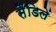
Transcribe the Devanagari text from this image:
सैंडिलें